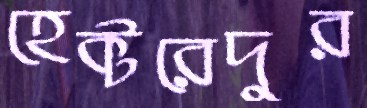
হেক্টরেদুর